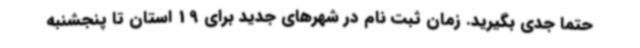
حتما جدی بگیرید. زمان ثبت نام در شهرهای جدید برای 19 استان تا پنجشنبه